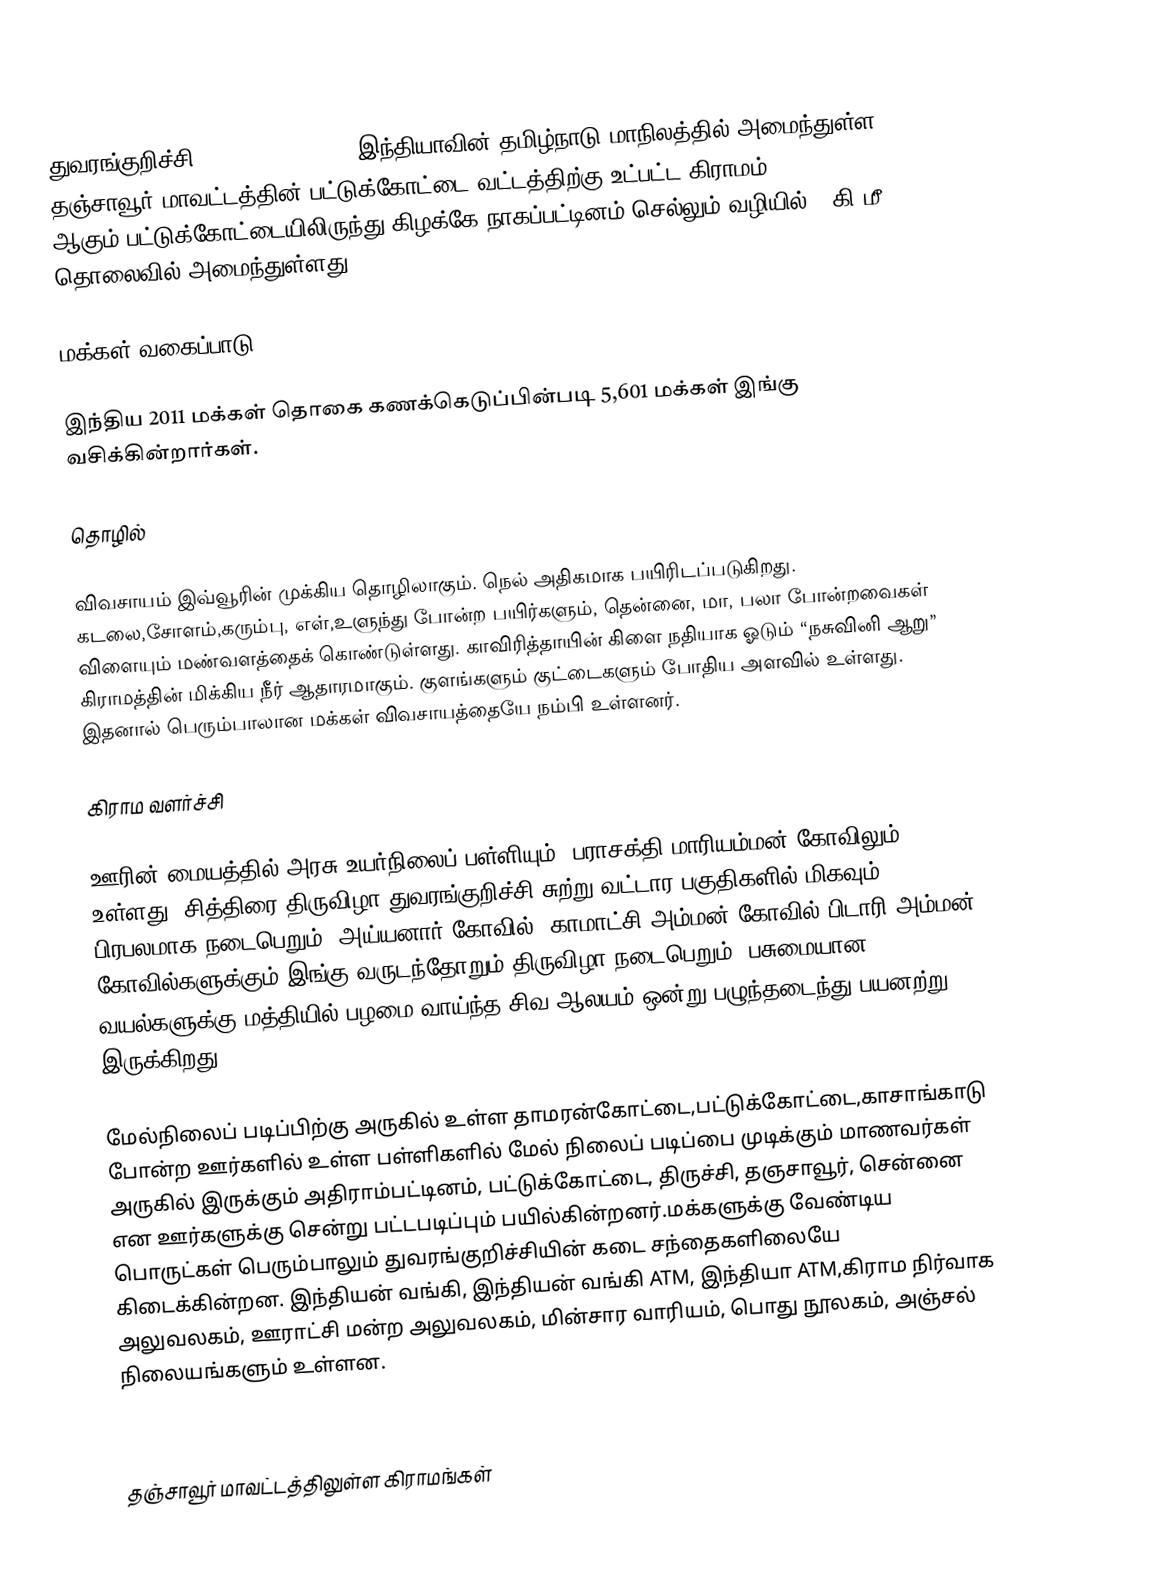
துவரங்குறிச்சி (Thuvarankurichi) இந்தியாவின் தமிழ்நாடு மாநிலத்தில் அமைந்துள்ள தஞ்சாவூர் மாவட்டத்தின் பட்டுக்கோட்டை வட்டத்திற்கு உட்பட்ட  கிராமம் ஆகும்.பட்டுக்கோட்டையிலிருந்து கிழக்கே நாகப்பட்டினம் செல்லும் வழியில் 6 கி.மீ தொலைவில் அமைந்துள்ளது .

மக்கள் வகைப்பாடு

இந்திய 2011 மக்கள் தொகை கணக்கெடுப்பின்படி 5,601 மக்கள் இங்கு வசிக்கின்றார்கள்.

தொழில்

விவசாயம் இவ்வூரின் முக்கிய தொழிலாகும். நெல் அதிகமாக பயிரிடப்படுகிறது. கடலை,சோளம்,கரும்பு, எள்,உளுந்து போன்ற பயிர்களும், தென்னை, மா, பலா போன்றவைகள் விளையும் மண்வளத்தைக் கொண்டுள்ளது. காவிரித்தாயின் கிளை நதியாக ஓடும் “நசுவினி ஆறு” கிராமத்தின் மிக்கிய நீர் ஆதாரமாகும். குளங்களும் குட்டைகளும் போதிய அளவில் உள்ளது. இதனால் பெரும்பாலான மக்கள் விவசாயத்தையே நம்பி உள்ளனர்.

கிராம வளர்ச்சி

ஊரின் மையத்தில் அரசு உயர்நிலைப் பள்ளியும், பராசக்தி மாரியம்மன் கோவிலும் உள்ளது. சித்திரை திருவிழா துவரங்குறிச்சி சுற்று வட்டார பகுதிகளில் மிகவும் பிரபலமாக நடைபெறும். அய்யனார் கோவில், காமாட்சி அம்மன் கோவில்,பிடாரி அம்மன் கோவில்களுக்கும் இங்கு வருடந்தோறும் திருவிழா நடைபெறும். பசுமையான வயல்களுக்கு மத்தியில் பழமை வாய்ந்த சிவ ஆலயம் ஒன்று பழுந்தடைந்து பயனற்று இருக்கிறது.

மேல்நிலைப் படிப்பிற்கு அருகில் உள்ள தாமரன்கோட்டை,பட்டுக்கோட்டை,காசாங்காடு  போன்ற ஊர்களில் உள்ள பள்ளிகளில் மேல் நிலைப் படிப்பை முடிக்கும் மாணவர்கள் அருகில் இருக்கும் அதிராம்பட்டினம், பட்டுக்கோட்டை, திருச்சி, தஞசாவூர், சென்னை என ஊர்களுக்கு சென்று பட்டபடிப்பும் பயில்கின்றனர்.மக்களுக்கு வேண்டிய பொருட்கள் பெரும்பாலும் துவரங்குறிச்சியின் கடை சந்தைகளிலையே கிடைக்கின்றன. இந்தியன் வங்கி, இந்தியன் வங்கி ATM,  இந்தியா ATM,கிராம நிர்வாக அலுவலகம், ஊராட்சி மன்ற அலுவலகம், மின்சார வாரியம், பொது நூலகம், அஞ்சல் நிலையங்களும் உள்ளன.

தஞ்சாவூர் மாவட்டத்திலுள்ள கிராமங்கள்